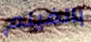
بالفيلم